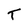
Character: T